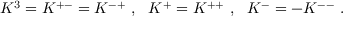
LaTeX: K ^ { 3 } = K ^ { + - } = K ^ { - + } ~ , ~ ~ K ^ { + } = K ^ { + + } ~ , ~ ~ K ^ { - } = - K ^ { -- } ~ .